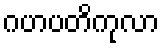
ဂဟပတိကုလာ